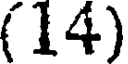
(14)